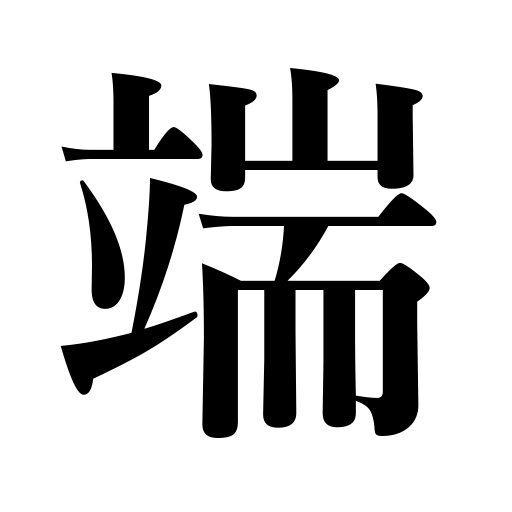
Meanings: border,end,one side,scrap of cloth,edge,side,point,tip,corner,origin,beginning